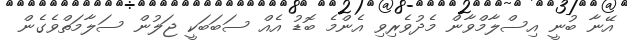
އޭނާ ބުނީ އިސްލާމްވާން މެދުވެރިވި އެންމެ ބޮޑު އެއް ސަބަބަކީ ޖަލުން ސަލާމަތްވެގެން